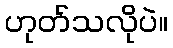
ဟုတ်သလိုပဲ။